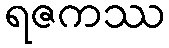
ရဇကဿ